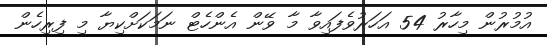
އުމުރުން މިހާރު 54 އަހަރުވެފައިވާ މާ ވޭން އެންހެޓް ނަމަކަށްކިޔާ މި ފިރިހެން